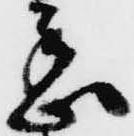
丞